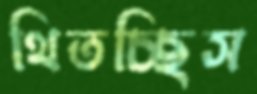
থিতচ্ছিস